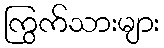
ကြွက်သားများ